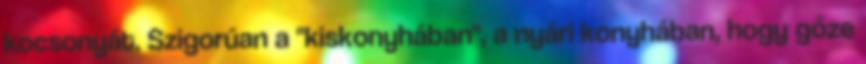
kocsonyát. Szigorúan a "kiskonyhában", a nyári konyhában, hogy gőze